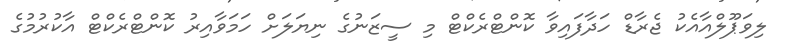
ލިވަޕޫލްއާއެކު ޖެރާޑް ހަދާފައިވާ ކޮންޓްރެކްޓް މި ސީޒަނުގެ ނިޔަލަށް ހަމަވާއިރު ކޮންޓްރެކްޓް އާކުރުމުގެ